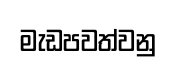
මැඩපවත්වනු